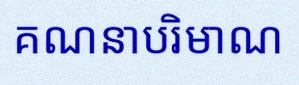
គណនាបរិមាណ